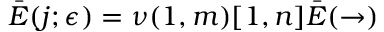
\bar { E } ( j ; \epsilon ) = \nu ( 1 , m ) [ 1 , n ] \bar { E } ( \rightarrow )